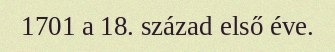
1701 a 18. század első éve.